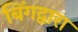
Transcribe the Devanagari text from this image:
बिंगद्वारा